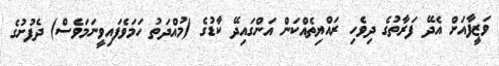
ވަޒީފާއަށް އެދޭ ފަރާތުގެ ދިވެހި ރައްޔިތެއްކަން އަންގައިދޭ ކާޑުގެ (މުއްދަތު ހަމަވެފައިވީނަމަވެސް) ދެފުށުގެ